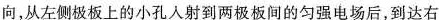
向，从左侧极板上的小孔人射到两极板间的匀强电场后，到达右